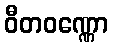
ဝီတဝဏ္ဏော